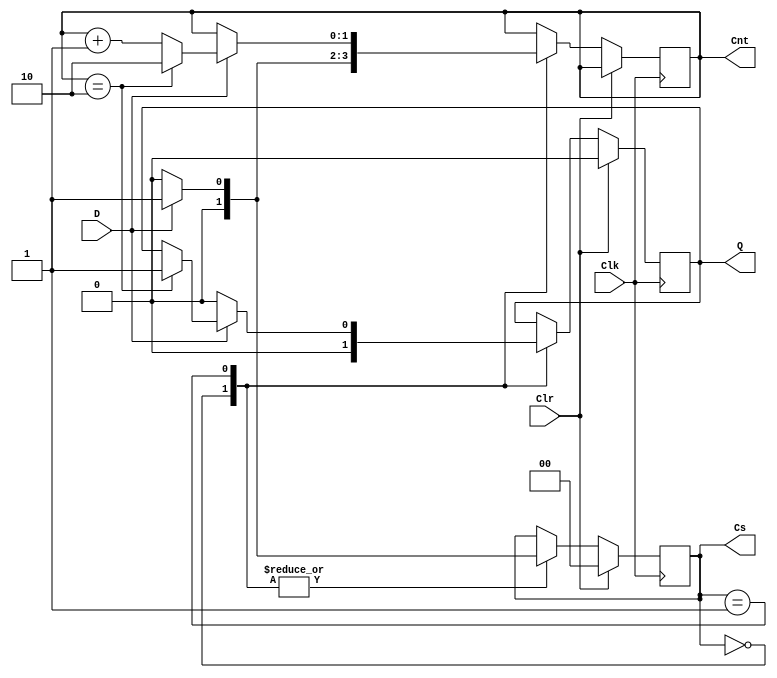
// Ch08 moore_111.v
// A (111r)

module moore_111 (Clk, Clr, D, Q, Cs, Cnt);
input  Clk, Clr, D;		// @J
output Q;			// @X 
output [1:0] Cs,Cnt;		// GX
reg    Q;			// is
reg    [1:0] Cs, Cnt;		// is
parameter S0 = 0, S1 = 1;	// iA
 
// Wto, WtPBM, Vq
always@ (posedge Clk)
  if (Clr)
    begin  Cs = S0; Q = 0;  end		// _lA
  else   
    case (Cs)
      S0 : if (D == 0)
             begin
               Q = 0;
               Cnt = 0;
               Cs  = S0;
             end
           else
             begin 
               Q = 0;
               Cnt = 1;
               Cs  = S1;
             end
      S1 : if (D == 0) 			//  0, k S0
             begin
               Cs = S0;
               Q = 0;     
             end
           else    			//  D == 1
             begin
               Cs = S1;
               if (Cnt == 2) 		// s 1 wFT
                 begin
                   Cnt = 2;
                   Q = 1;
                 end 
               else			// s1 FT
                 Cnt = Cnt + 1; 
             end
    endcase

endmodule